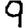
Digit: 9